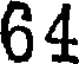
64